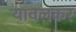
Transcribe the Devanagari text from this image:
यावलकर